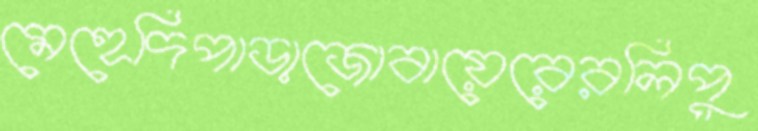
মেহেদিপাড়াজোবায়েরেরলিপু